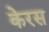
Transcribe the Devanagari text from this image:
केरस